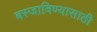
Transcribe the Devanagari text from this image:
बस्जाविण्यासाठी